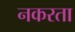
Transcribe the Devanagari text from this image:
नकरता